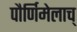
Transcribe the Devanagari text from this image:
पौर्णिमेलाच्